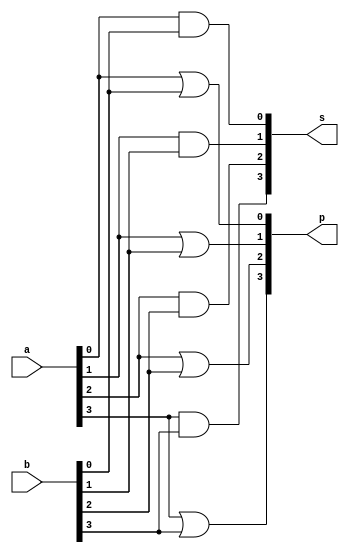
// -------------------------
// Exemplo0031 - F4
// Nome: Willian Antonio dos Santos
// -------------------------
// -------------------------
// f4_gate
// -------------------------
module f4 (output [3:0] s, output [3:0] p, input [3:0] a, input [3:0] b);
       and A1 ( s[0], a[0], b[0]);
       and A2 ( s[1], a[1], b[1]);
       and A3 ( s[2], a[2], b[2]);
       and A4 ( s[3], a[3], b[3]);
       //
       or O1 ( p[0], a[0], b[0]);
       or O2 ( p[1], a[1], b[1]);
       or O3 ( p[2], a[2], b[2]);
       or O4 ( p[3], a[3], b[3]);
endmodule // f4

module test_f4;
       // ------------------------- definir dados
       reg [3:0] x;
       reg [3:0] y;
       wire [3:0] z;
       wire [3:0] w;
       f4 modulo (z, w, x, y);
       // ------------------------- parte principal
       initial begin
               $display("Exemplo0031 - Willian Antonio dos Santos - 462020");
               $display("Test LU's module");
               x = 4'b0011; y = 4'b0101;
               // projetar testes do modulo
               #1 $display("Entradas:%3b %3b | Saida And:%3b | Saida Or:%3b",x,y,z,w);
       end
endmodule // test_f4